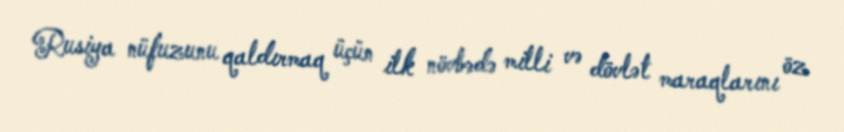
Rusiya nüfuzunu qaldırmaq üçün ilk növbədə milli və dövlət maraqlarını öz